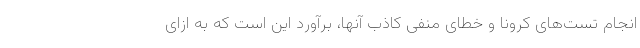
انجام تست‌های کرونا و خطای منفی کاذب آنها، برآورد این است که به ازای